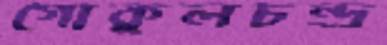
গোকুলচন্দ্র